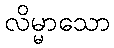
လိမ္မာသော